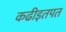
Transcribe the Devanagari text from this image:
कढीइतपत